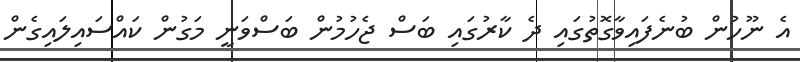
އެ ނޫހުން ބުނެފައިވާގޮތުގައި ދެ ކާރުގައި ބަސް ޖެހުމުން ބަސްވަނީ މަގުން ކައްސައިލައިގެން